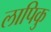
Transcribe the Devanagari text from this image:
लापिकु